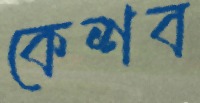
কেশব